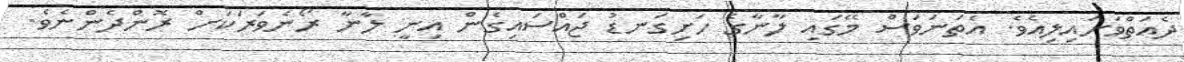
ދެއަތްވަށައިލިއެވެ. އެތަނަވަސް މޭގައި ލާނާގެ ހަށިގަނޑު ޖައްސައިގެން އިނީ ލާނާ ރޯނެވަރަކަށް ރޮންދެންނެވެ.